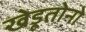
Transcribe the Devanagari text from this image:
खेडूतोनो